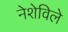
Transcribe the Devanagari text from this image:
नेशेविले